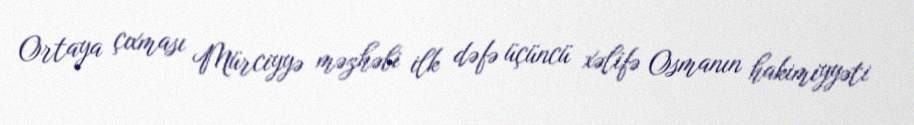
Ortaya çıxması Mürciyyə məzhəbi ilk dəfə üçüncü xəlifə Osmanın hakimiyyəti